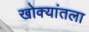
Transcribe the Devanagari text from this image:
खोक्यांतला